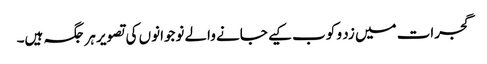
گجرات میں زد و کوب کیے جانے والے نوجوانوں کی تصویر ہر جگہ ہیں۔